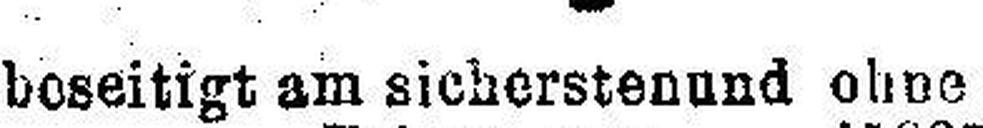
beseitigt am sichersten und ohne